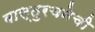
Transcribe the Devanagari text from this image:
वास्तुरचनेची